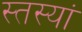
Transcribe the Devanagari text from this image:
स्तस्यां